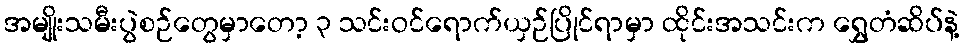
အမျိုးသမီးပွဲစဉ်တွေမှာတော့ ၃ သင်းဝင်ရောက်ယှဉ်ပြိုင်ရာမှာ ထိုင်းအသင်းက ရွှေတံဆိပ်နဲ့